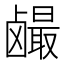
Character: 𱊼